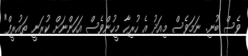
ވެސް ބުނި. ނަމަވެސް މިއަދު އެ ހުރިހާ މީހުންވެސް އަހަންނަށް ކުރަނީ ތައުރީފް"